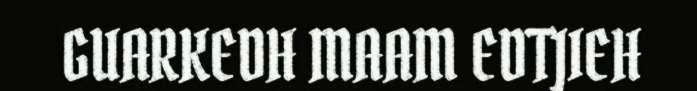
GUARKEDH MAAM EDTJIEH